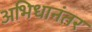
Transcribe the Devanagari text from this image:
अभिधानंतर